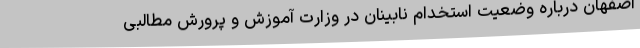
اصفهان درباره وضعیت استخدام نابینان در وزارت آموزش و پرورش مطالبی